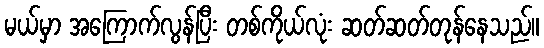
မယ်မှာ အကြောက်လွန်ပြီး တစ်ကိုယ်လုံး ဆတ်ဆတ်တုန်နေသည်။